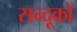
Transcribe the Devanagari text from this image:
सन्दूकों